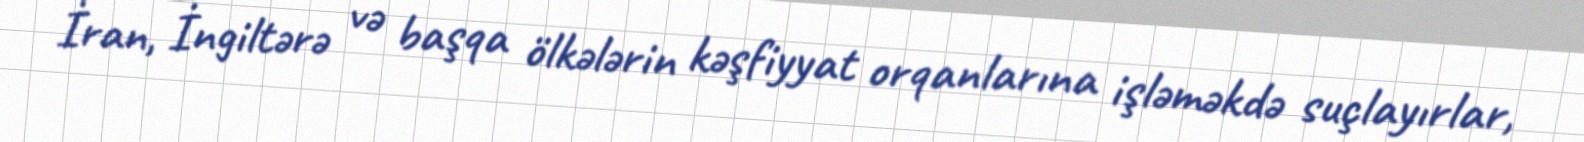
İran, İngiltərə və başqa ölkələrin kəşfiyyat orqanlarına işləməkdə suçlayırlar,